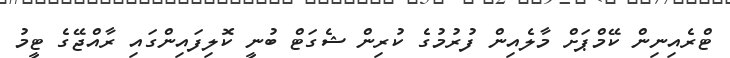
ޓްރެއިނިން ކޭމްޕަށް މާލެއިން ފުރުމުގެ ކުރިން ޝެގަޓް ބުނީ ކޮލިފައިންގައި ރާއްޖޭގެ ޓީމު